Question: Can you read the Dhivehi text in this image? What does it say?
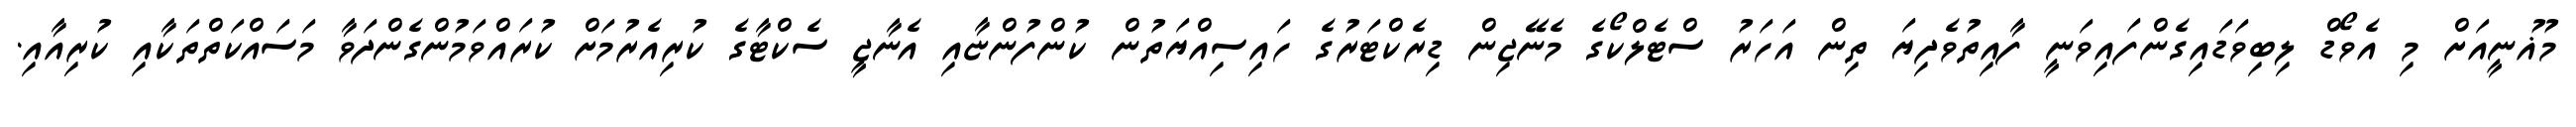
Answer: މުޣުނީއަށް މި އެވޯޑް ލިބިވަޑައިގެންފައިވަނީ ފާއިތުވެދިޔަ ތިން އަހަރު ސްޓެލްކޯގެ މެނޭޖިން ޑިރެކްޓަރުގެ ހައިސިއްޔަތުން ކުންފުންޏާއި އެނާޖީ ސެކްޓާގެ ކުރިއެރުމަށް ކުރައްވަމުންގެންދަވާ މަސައްކަތްތަކާއި ކުރިއާއި.